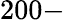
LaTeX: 200-